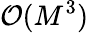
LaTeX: \mathcal{O}(M^{3})